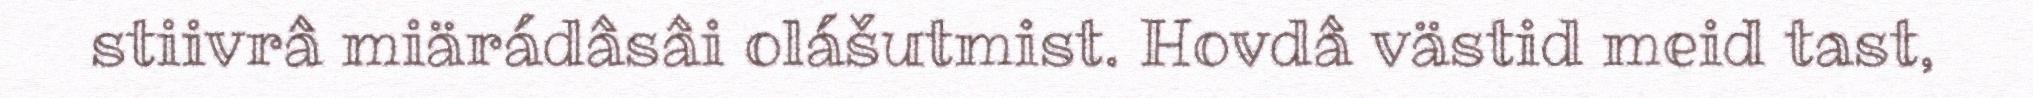
stiivrâ miärádâsâi olášutmist. Hovdâ västid meid tast,